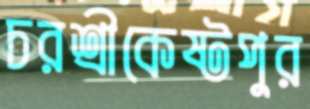
চরশ্রীকেষ্টপুর